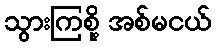
သွားကြစို့ အစ်မငယ်